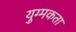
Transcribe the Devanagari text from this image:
युग्मकता